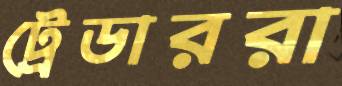
ট্রেডাররা